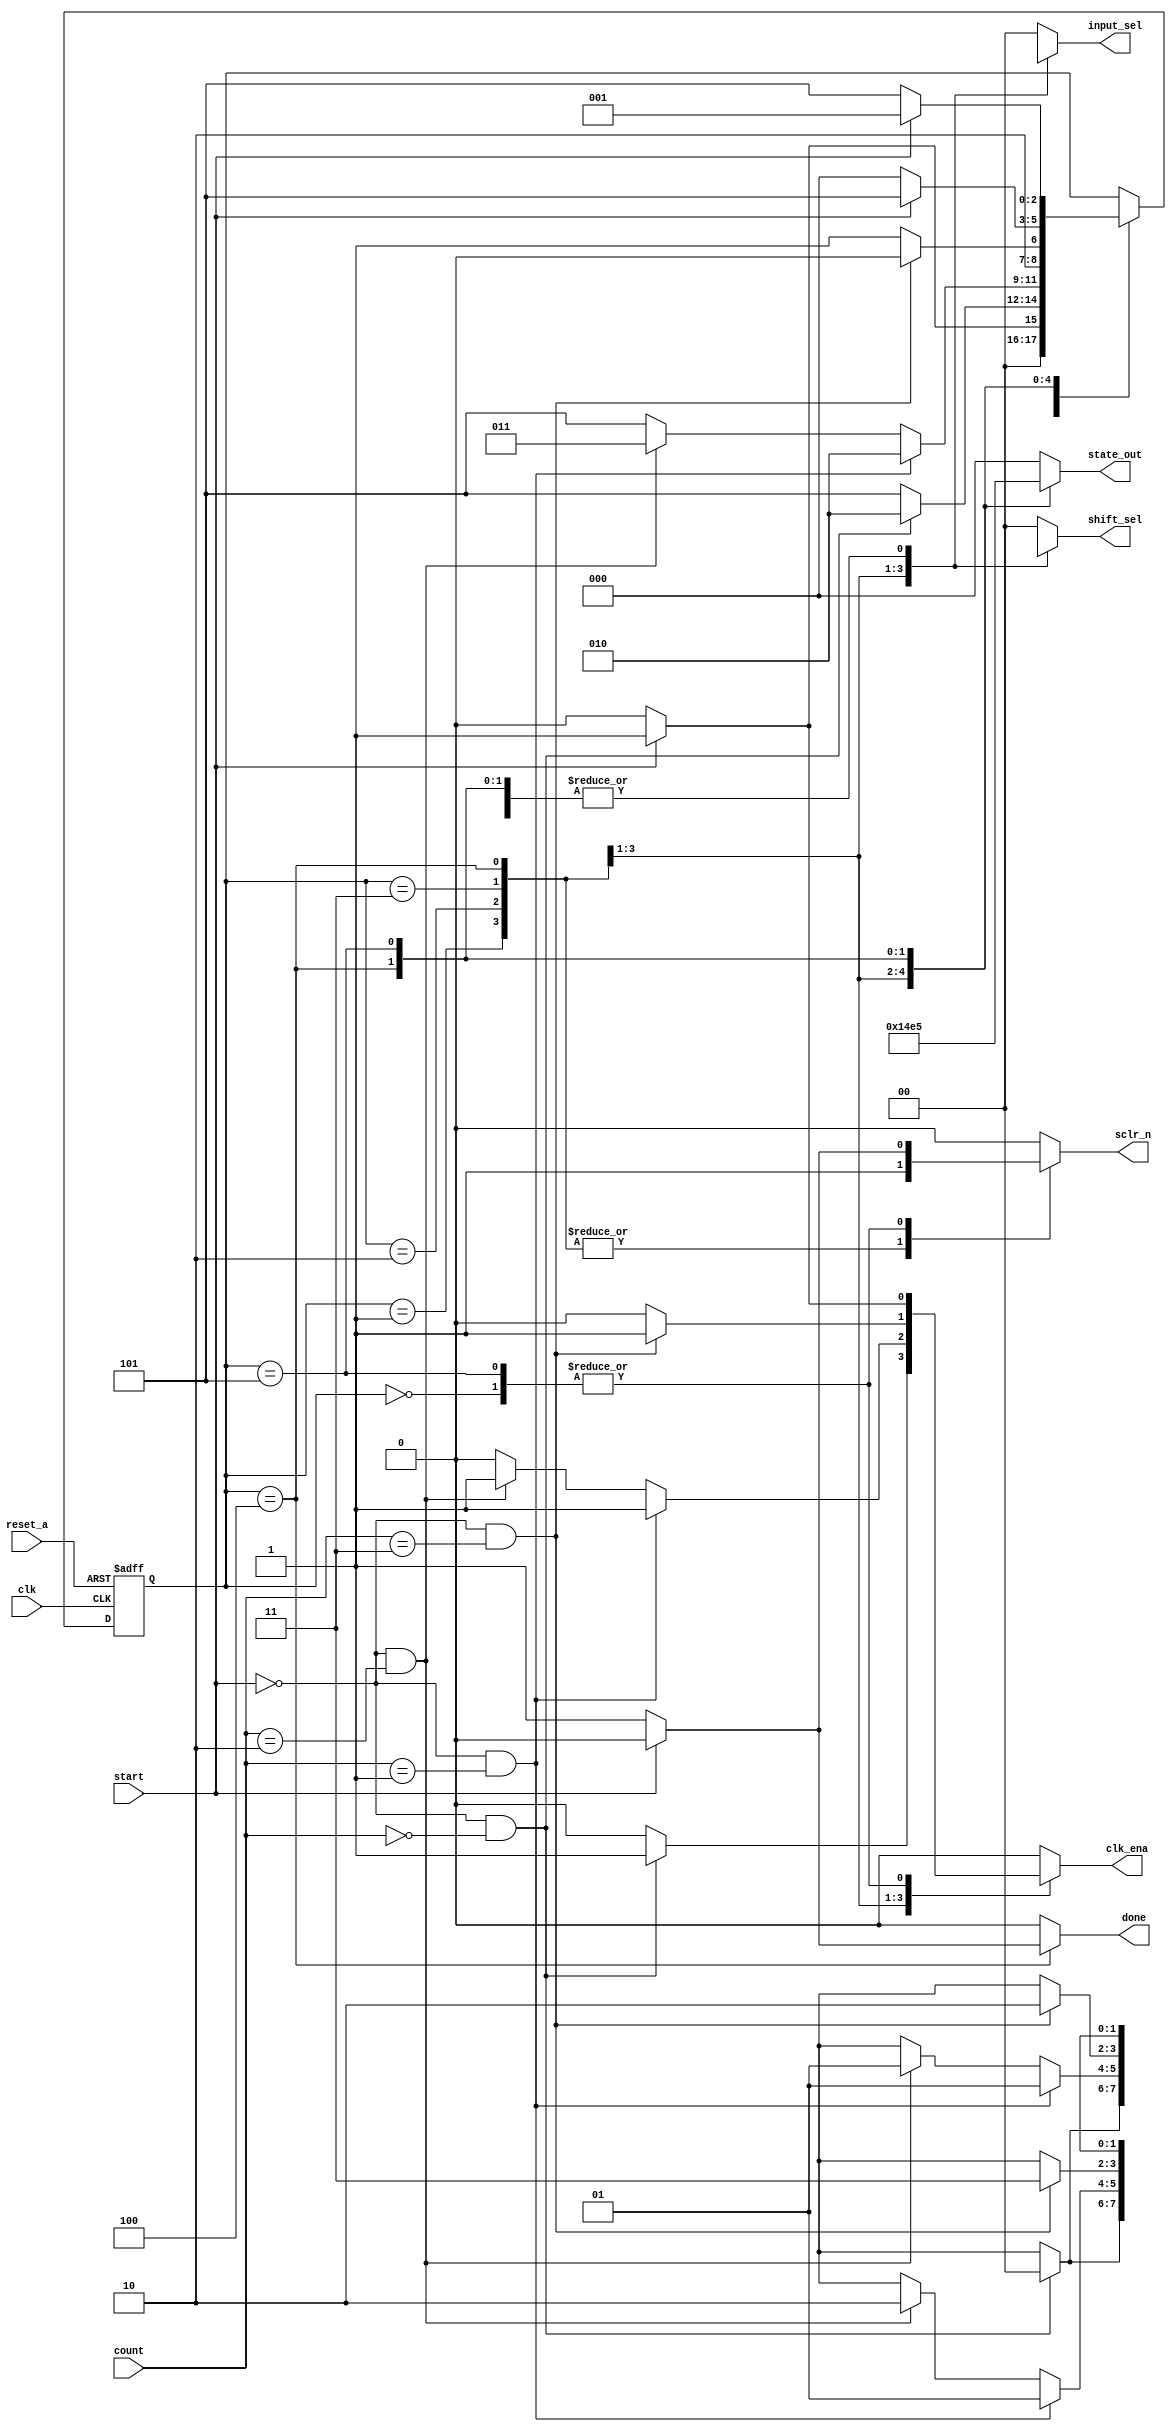
module  multiplier_control (
        
          input clk ,start ,reset_a,
          input [1:0] count ,
          output reg done , clk_ena ,sclr_n,
          output reg [1:0] input_sel ,shift_sel,
          output  reg [2:0] state_out
);
//states.........
reg [2:0] state_reg,next_state;

localparam idle = 3'b000;
localparam lsb = 3'b001;
localparam mid = 3'b010;
localparam msb = 3'b011;
localparam calc_done = 3'b100;
localparam eer = 3'b101;

always@(posedge clk , negedge reset_a)
begin
    if(!reset_a)
        state_reg<=idle;
    else
        state_reg<=next_state;
end
/// next state logic 
always@*
begin
  state_out=idle;
  done =0;
  clk_ena=0;
  sclr_n=0;
  input_sel=0;
  shift_sel=0;
  case(state_reg)
  idle:
  begin
  state_out=0;
    if(start==0)
    begin
    next_state=idle;
    input_sel=2'bxx;
    shift_sel=2'bxx;
    done =0;
    clk_ena=0;
    sclr_n=1;
    end
    else
    begin
    next_state=lsb;
    input_sel=2'bxx;
    shift_sel=2'bxx;
    done =0;
    clk_ena=1;
    sclr_n=0;
    end
  end

 lsb:
  begin
  state_out=1;
    if(start==0&&count==2'b00)
    begin
    next_state=mid;
    input_sel=2'b00;
    shift_sel=2'b00;
    done =0;
    clk_ena=1;
    sclr_n=1;
    end
    else
    begin
    next_state=eer;
    input_sel=2'bxx;
    shift_sel=2'bxx;
    done =0;
    clk_ena=0;
    sclr_n=1;
    end
  end

mid:
  begin
  state_out=2;
    if(start==0&&count==2'b01)
    begin
    next_state=mid;
    input_sel=2'b01;
    shift_sel=2'b01;
    done =0;
    clk_ena=1;
    sclr_n=1;
    end
    else if(start==0&&count==2'b10)
    begin
    next_state=msb;
    input_sel=2'b10;
    shift_sel=2'b01;
    done =0;
    clk_ena=1;
    sclr_n=1;
    end
    else
    begin
    next_state=eer;
    input_sel=2'bxx;
    shift_sel=2'bxx;
    done =0;
    clk_ena=0;
    sclr_n=1;
    end
  end

msb:
  begin
  state_out=3;
    if(start==0&&count==2'b11)
    begin
    next_state=calc_done;
    input_sel=2'b11;
    shift_sel=2'b10;
    done =0;
    clk_ena=1;
    sclr_n=1;
    end
    else
    begin
    next_state=eer;
    input_sel=2'bxx;
    shift_sel=2'bxx;
    done =0;
    clk_ena=0;
    sclr_n=1;
    end
  end

calc_done:
  begin
  state_out=4;
    if(start==0)
    begin
    next_state=idle;
    input_sel=2'bxx;
    shift_sel=2'bxx;
    done =1;
    clk_ena=0;
    sclr_n=1;
    end
    else
    begin
    next_state=eer;
    input_sel=2'bxx;
    shift_sel=2'bxx;
    done =0;
    clk_ena=0;
    sclr_n=1;
    end
  end

eer:
  begin
  state_out=5;
    if(start==0)
    begin
    next_state=eer;
    input_sel=2'bxx;
    shift_sel=2'bxx;
    done =0;
    clk_ena=0;
    sclr_n=1;
    end
    else
    begin
    next_state=lsb;
    input_sel=2'bxx;
    shift_sel=2'bxx;
    done =0;
    clk_ena=1;
    sclr_n=0;
    end
  end

default:
begin
next_state=state_reg;
state_out=0;
end


endcase


end

endmodule